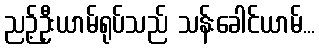
ညဉ့်ဦးယာမ်ရုပ်သည် သန်းခေါင်ယာမ်...